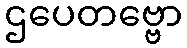
ဌပေတဗ္ဗော